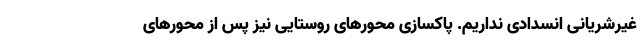
غیرشریانی انسدادی نداریم. پاکسازی محورهای روستایی نیز پس از محورهای